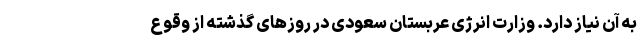
به آن نیاز دارد. وزارت انرژی عربستان سعودی در روزهای گذشته از وقوع